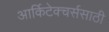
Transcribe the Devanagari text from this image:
आर्किटेक्चर्ससाठी